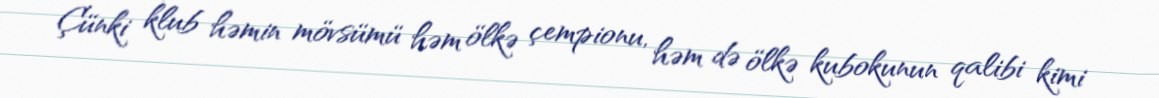
Çünki klub həmin mövsümü həm ölkə çempionu, həm də ölkə kubokunun qalibi kimi